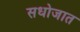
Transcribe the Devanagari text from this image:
सधोजात